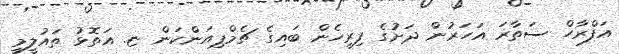
އަފްރާހް ސަތާރަ އަހަރުން ދަށުގެ ފިރިހެން ބައިގެ ޗެމްޕިއަންކަން ޏ. އަތޮޅު ތައުލީމީ